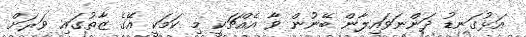
އަޅުގަނޑު ދަންނަވައިލާން ބޭނުން ވާ އެއްޗަކީ މި ކަމަކީ އޭގެ ޒާތުގައި ވަރަށް